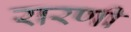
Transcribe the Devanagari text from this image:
रारणी